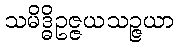
သမိဒ္ဓိဥဇ္ဇယသဉ္ဇယာ